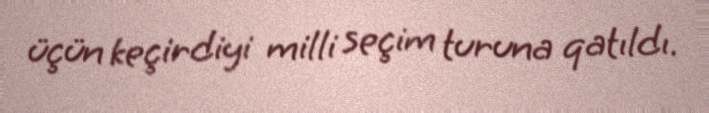
üçün keçirdiyi milli seçim turuna qatıldı.